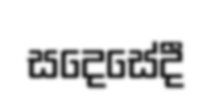
සදෙසේදී